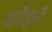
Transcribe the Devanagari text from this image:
कोइनै